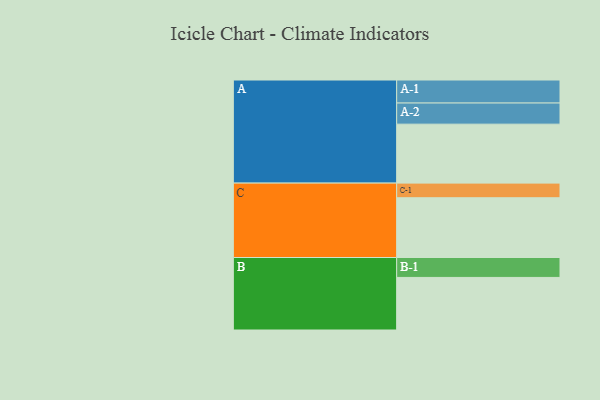
{"axis": {"x": "Segment", "y": "Value"}, "legend": ["", "A", "B", "C"], "data": [{"x": "A", "y": 589, "type": ""}, {"x": "B", "y": 525, "type": ""}, {"x": "C", "y": 597, "type": ""}, {"x": "A-1", "y": 230, "type": "A"}, {"x": "A-2", "y": 211, "type": "A"}, {"x": "B-1", "y": 199, "type": "B"}, {"x": "C-1", "y": 146, "type": "C"}]}